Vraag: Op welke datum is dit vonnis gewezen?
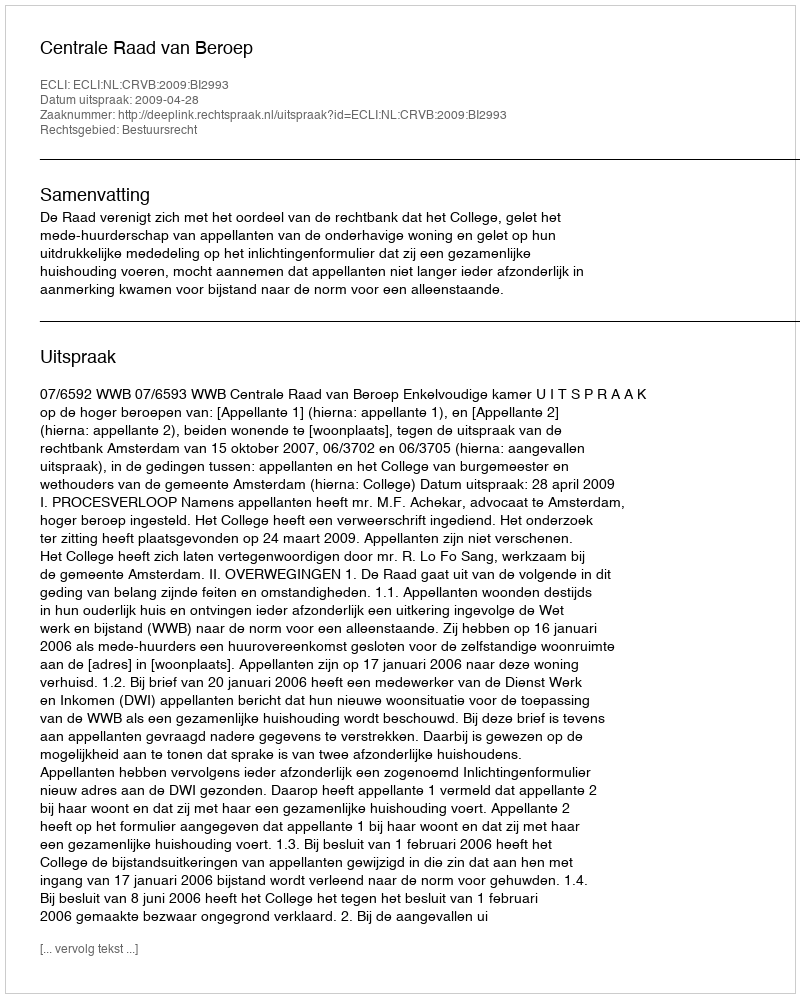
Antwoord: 2009-04-28